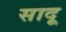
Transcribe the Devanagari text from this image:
सादू